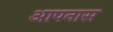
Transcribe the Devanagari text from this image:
आपनास